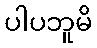
ပါပဘူမိ